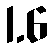
1.6